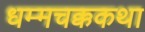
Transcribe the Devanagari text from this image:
धम्मचक्ककथा